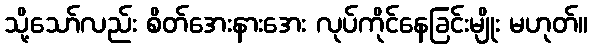
သို့သော်လည်း စိတ်အေးနားအေး လုပ်ကိုင်နေခြင်းမျိုး မဟုတ်။